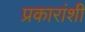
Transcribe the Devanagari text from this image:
प्रकारांशी